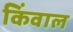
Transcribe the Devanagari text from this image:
किंवाल